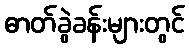
ဓာတ်ခွဲခန်းများတွင်